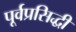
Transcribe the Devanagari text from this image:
पूर्वप्रसिद्धी